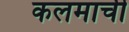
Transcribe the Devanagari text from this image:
कलमाची